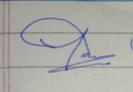
Signature authenticity: forged